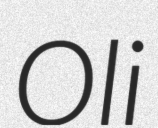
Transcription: Oli